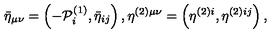
\bar { \eta } _ { \mu \nu } = \left( - { \cal P } _ { i } ^ { ( 1 ) } , \bar { \eta } _ { i j } \right) , \eta ^ { ( 2 ) \mu \nu } = \left( \eta ^ { ( 2 ) i } , \eta ^ { ( 2 ) i j } \right) ,